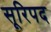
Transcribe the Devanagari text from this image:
सूरिपद